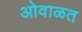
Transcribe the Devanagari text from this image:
ओवाळत